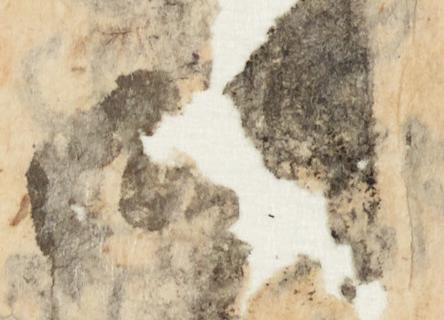
御